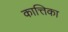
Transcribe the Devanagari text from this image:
कात्तिका